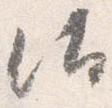
汰